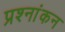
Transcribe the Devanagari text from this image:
प्रश्नांकन